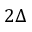
2 \Delta